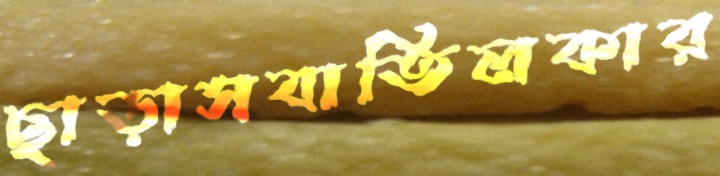
ছাড়াসবাতিলকার